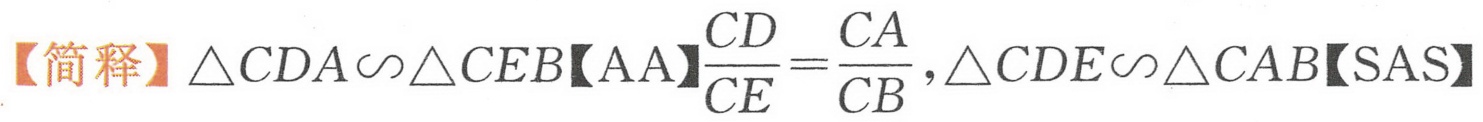
【简释】\(\triangle CDA\sim\triangle CEB\)【AA】\(\frac{CD}{CE}=\frac{CA}{CB}\)，\(\triangle CDE\sim\triangle CAB\)【SAS】